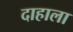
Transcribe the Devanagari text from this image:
दाहाला